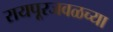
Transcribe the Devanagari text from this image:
रायपूरजवळच्या